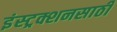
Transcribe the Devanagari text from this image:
इंस्ट्रक्शनसाठी